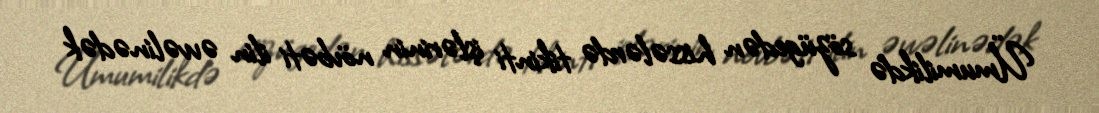
Ümumilikdə sözügedən hissələrdə tikinti işlərinin növbəti ilin əvvəlinədək